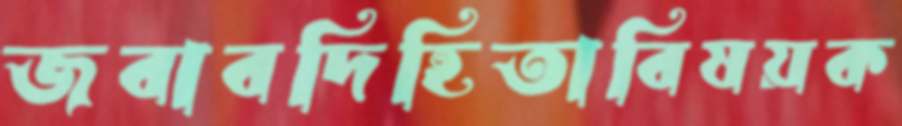
জবাবদিহিতাবিষয়ক